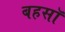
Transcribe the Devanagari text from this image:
बहसॉ